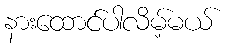
နားထောင်ပါလိမ့်မယ်